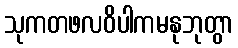
သုကတဖလဝိပါကမနုဘုတွာ